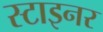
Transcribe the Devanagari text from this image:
स्टाइनर